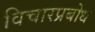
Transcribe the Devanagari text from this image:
विचारप्रबोध